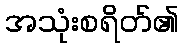
အသုံးစရိတ်၏